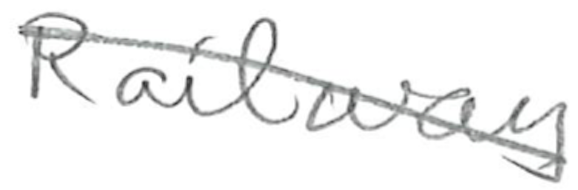
Text: Railway
Cross-out: mix
Writing tool: pencil